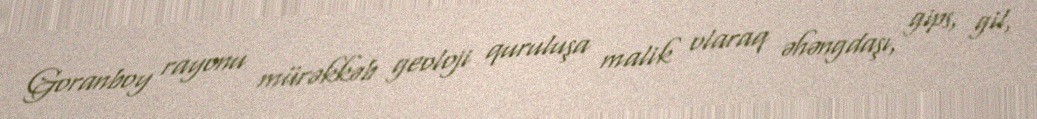
Goranboy rayonu mürəkkəb geoloji quruluşa malik olaraq əhəngdaşı, gips, gil,